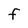
Character: F